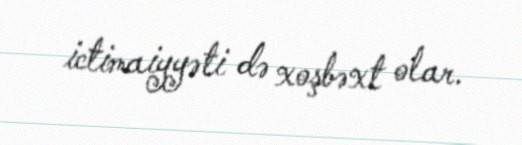
ictimaiyyəti də xoşbəxt olar.